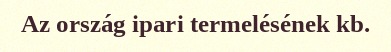
Az ország ipari termelésének kb.